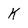
Character: K